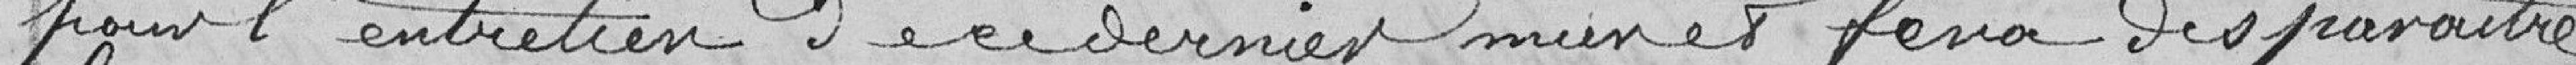
pour l'entretien de ce dernier mur et fera disparaitre